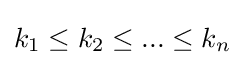
k_{1}\leq k_{2}\leq ...\leq k_{n}